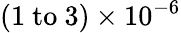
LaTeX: (1~\mathrm{to}~3)\times 10^{-6}